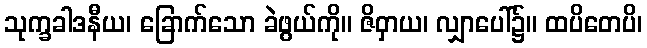
သုက္ခခါဒနီယ၊ ခြောက်သော ခဲဖွယ်ကို။ ဇိဝှာယ၊ လျှာပေါ်၌။ ထပိတေပိ၊